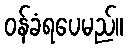
ဝန်ခံရပေမည်။